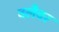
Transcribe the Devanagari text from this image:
क्लैवर